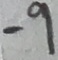
- 9